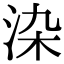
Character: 𭰏